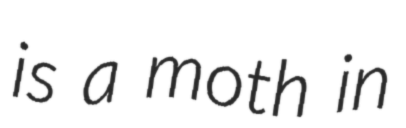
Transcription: is a moth in